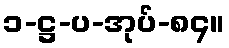
၁-ဋ္ဌ-ပ-အုပ်-၈၄။